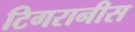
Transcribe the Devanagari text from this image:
टिगरानीस